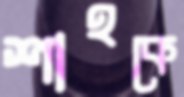
শাহকে